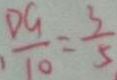
\frac { D G } { 1 0 } = \frac { 3 } { 5 }